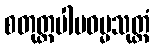
စတုတ္ထပါပဓမ္မသုတ္တံ